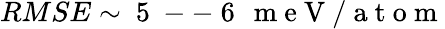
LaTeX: RMSE\sim\mathrm{~5~--~6~}\, \mathrm{~m~e~V~/~a~t~o~m~}